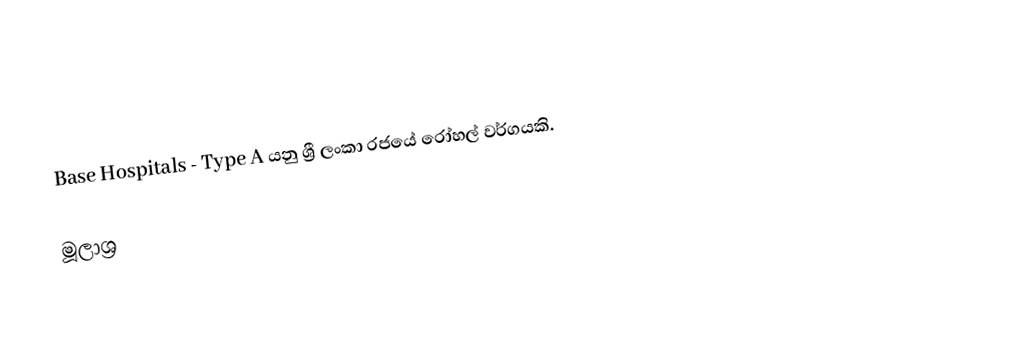
Base Hospitals - Type A යනු ශ්‍රී ලංකා රජයේ රෝහල් වර්ගයකි.

මූලාශ්‍ර